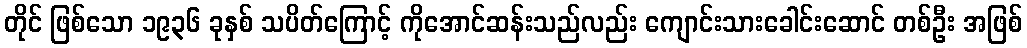
တိုင် ဖြစ်သော ၁၉၃၆ ခုနှစ် သပိတ်ကြောင့် ကိုအောင်ဆန်းသည်လည်း ကျောင်းသားခေါင်းဆောင် တစ်ဦး အဖြစ်